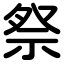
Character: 祭